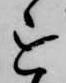
を